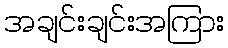
အချင်းချင်းအကြား